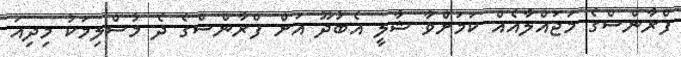
ފްރާންސްގެ މަޖައްލާއެއް ކަމަށްވާ ޝާލީ އެބުދޫ އަށް ފްރާންސްގެ ދެ މުސްލިމަކު މިދިއަ